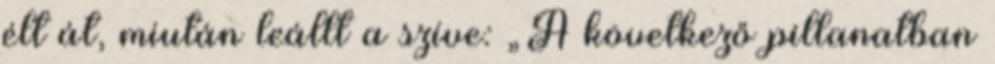
élt át, miután leállt a szíve: „A következő pillanatban